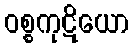
ဝစ္စကုဋိယော